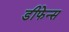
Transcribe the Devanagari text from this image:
डीफेन्स